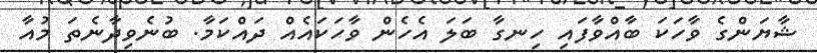
ޝާޔަންގެ ވާހަކަ ބާއްވާފައި ހިނގާ ބަލަ އެހެން ވާހަކައެއް ދައްކަމާ. ބުނެވިދާނެތަ މުއާ